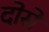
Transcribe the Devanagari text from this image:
दोसे